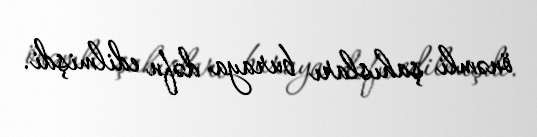
önəmli şahısları buraya dəfn edilmişdi.